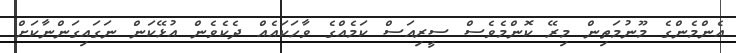
އެންމެންގެ މޫނުމަތިން މިރޭ ކޮންމެވެސް ސީރިއަސް ކަމެއްގެ ވާހަކައެއް ދެކެވެން އުޅޭކަން ނަގައިގަންނާކަށް